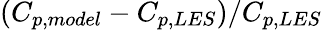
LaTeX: (C_{p,model}-C_{p,LES})/C_{p,LES}